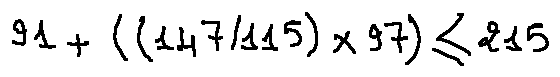
9 1 + ( ( 1 4 7 / 1 1 5 ) \times 9 7 ) \leq 2 1 5